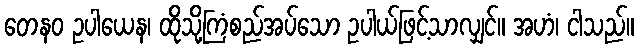
တေနဝ ဥပါယေန၊ ထိုသို့ကြံစည်အပ်သော ဥပါယ်ဖြင့်သာလျှင်။ အဟံ၊ ငါသည်။